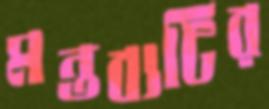
মন্তব্যটির